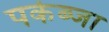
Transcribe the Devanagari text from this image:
पर्कब्जा